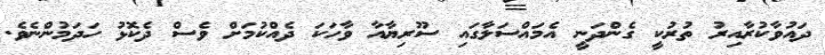
ދައުވާކުރާއިރު ތުރުކީ ގެންދަނީ އެމައްސަލާގައި ސޫރިޔާއާ ވާހަކަ ދެއްކުމަށް ވެސް ދެކޮޅު ހަދަމުންނެވެ.